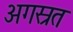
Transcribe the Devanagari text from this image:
अगस्रत